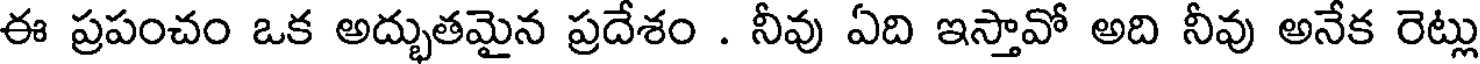
ఈ ప్రపంచం ఒక అద్భుతమైన ప్రదేశం . నీవు ఏది ఇస్తావో అది నీవు అనేక రెట్లు